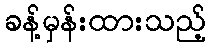
ခန့်မှန်းထားသည့်